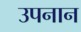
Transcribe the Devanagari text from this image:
उपनान